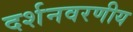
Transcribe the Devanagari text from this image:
दर्शनवरणीय